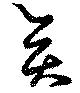
奕